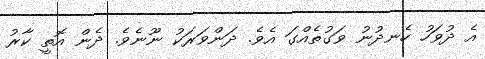
އެ ދުވަހު ހެނދުނު ވަގުތެއްގަ އެވެ. ދަންވަރަކު ނޫނެވެ. ދެން އޮތީ ކާރު